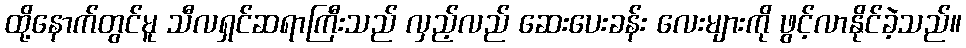
ထို့နောက်တွင်မူ သီလရှင်ဆရာကြီးသည် လှည့်လည် ဆေးပေးခန်း လေးများကို ဖွင့်လာနိုင်ခဲ့သည်။